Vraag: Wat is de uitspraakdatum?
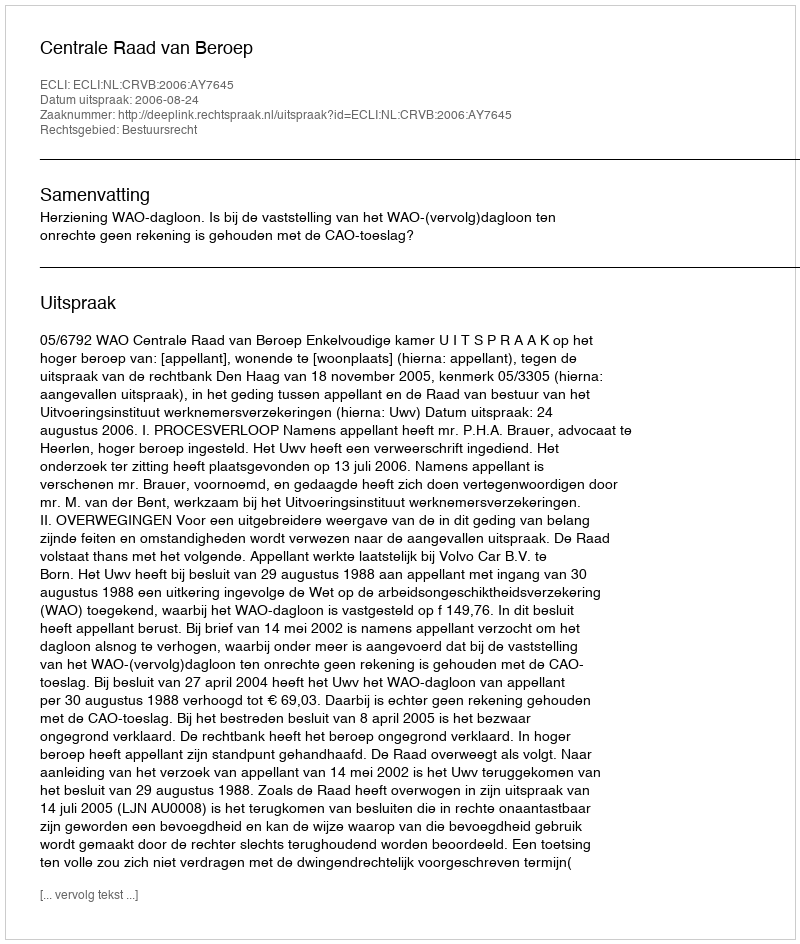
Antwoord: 2006-08-24